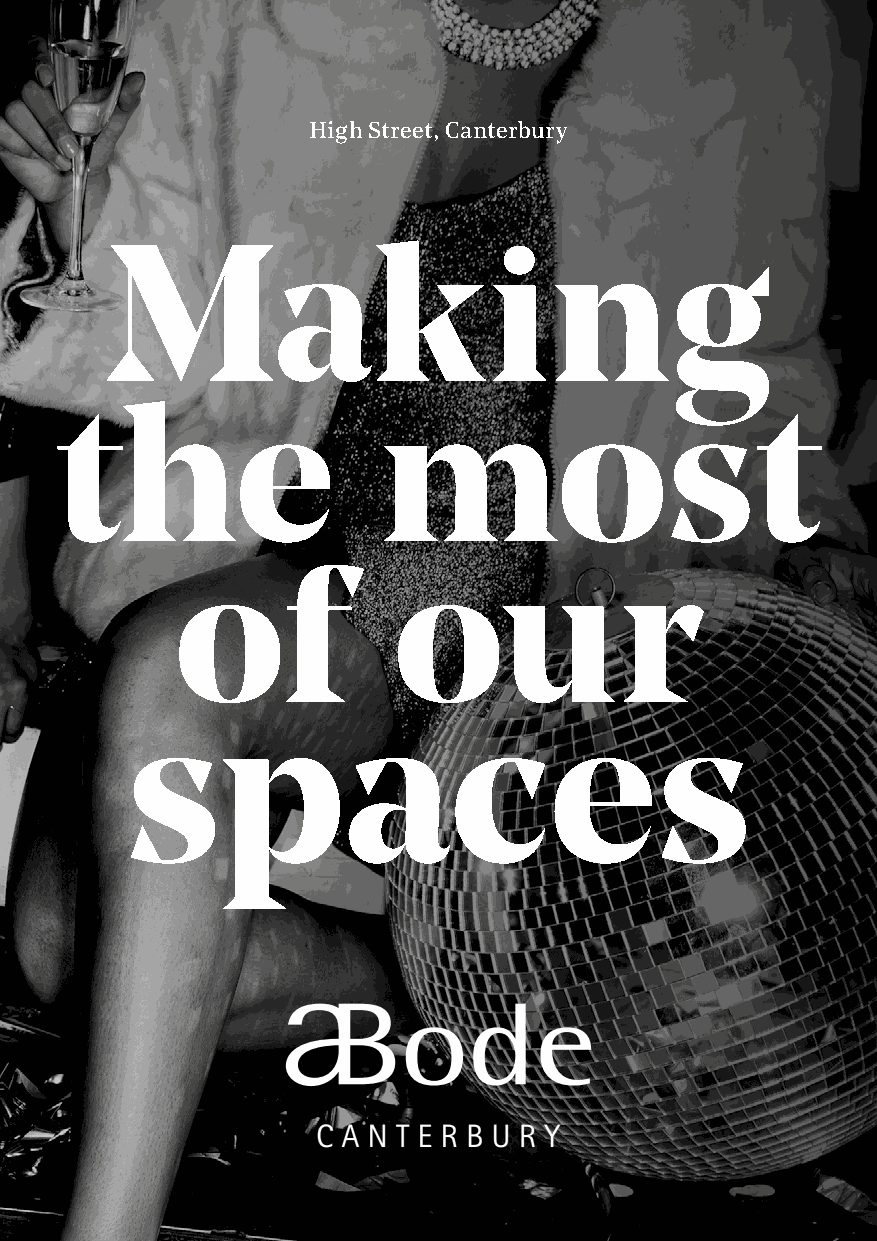
High Street, Canterbury
 Making
 the                  most
 of            our
 spaces
 C A N T E R B U R Y